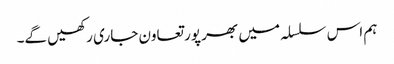
ہم اس سلسلہ میں بھر پور تعاون جاری رکھیں گے۔